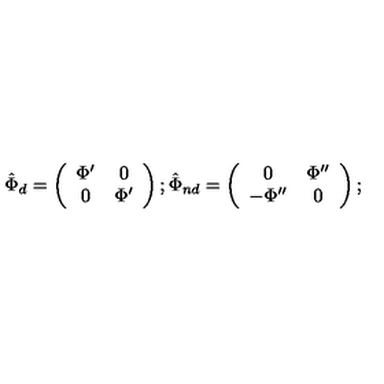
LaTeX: \hat { \Phi } _ { d } = \left( \begin{array} { c c c } { \Phi ^ { \prime } } & { 0 } \\ { 0 } & { \Phi ^ { \prime } } \\ \end{array} \right) ; \hat { \Phi } _ { n d } = \left( \begin{array} { c c c } { 0 } & { \Phi ^ { \prime \prime } } \\ { - \Phi ^ { \prime \prime } } & { 0 } \\ \end{array} \right) ;